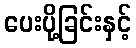
ပေးပို့ခြင်းနှင့်